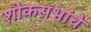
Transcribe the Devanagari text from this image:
शोकसभांचे